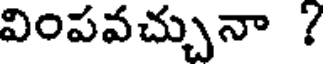
వింపవచ్చునా ?